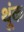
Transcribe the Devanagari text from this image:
थूंक